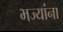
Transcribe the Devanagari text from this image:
भज्यांना